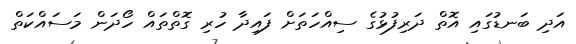
އަދި ބަނޑުގައި އޮތް ދަރިފުޅުގެ ސިއްހަތަށް ފައިދާ ހުރި ގޮތްތައް ހޯދަން މަސައްކަތް